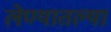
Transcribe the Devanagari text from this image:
लेण्यातल्या